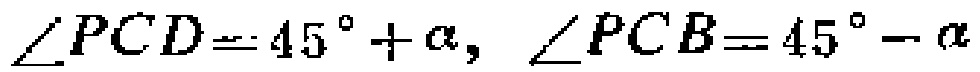
\(\angle PCD = 45^{\circ}+\alpha, \angle PCB = 45^{\circ}-\alpha\)